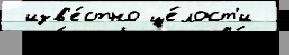
 изв'е́стно це́лост'и